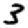
Digit: 3